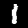
Digit: 1